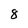
Character: 8